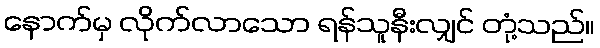
နောက်မှ လိုက်လာသော ရန်သူနီးလျှင် တုံ့သည်။